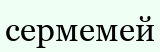
сермемей